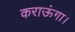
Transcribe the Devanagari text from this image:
कराऊंगा।